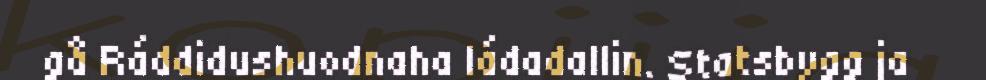
gå Ráddidushuodnaha ládadallin. Statsbygg ja